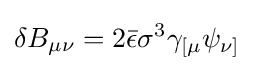
\delta B_{\mu \nu }=2{\bar {\epsilon }}\sigma ^{3}\gamma _{[\mu }\psi _{\nu ]}